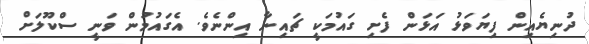
ދުނިޔެއިން ފިޔަވަޅު އަޅަން ފެށި ގައުމަކީ ޗައިނާ އިންނެވެ. އެގައުމުން ވަނީ ސްކޫލަށް